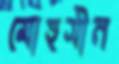
মোহসীন